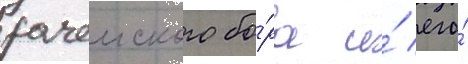
рачеиского бо́ра и́ его́